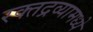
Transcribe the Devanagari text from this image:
रक्तद्रव्यामध्ये